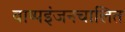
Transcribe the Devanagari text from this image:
वाष्पइंजनचालित